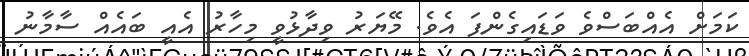
ކަމަށް އެއްބަސްވެ ވަޑައިގެންފަ އެވެ. މޭޔަރު ވިދާޅުވީ މިހާރު އެއީ ބައެއް ސާމާނު